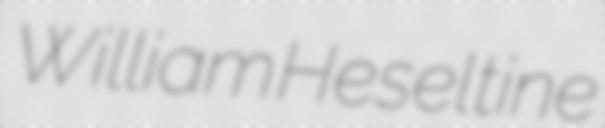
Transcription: William Heseltine